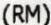
(RM)